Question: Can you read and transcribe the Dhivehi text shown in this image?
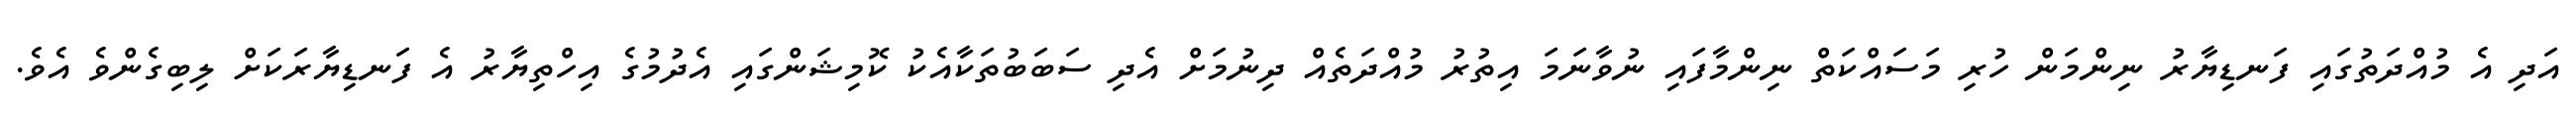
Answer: އަދި އެ މުއްދަތުގައި ފަނޑިޔާރު ނިންމަން ހުރި މަސައްކަތް ނިންމާފައި ނުވާނަމަ އިތުރު މުއްދަތެއް ދިނުމަށް އެދި ސަބަބުތަކާއެކު ކޮމިޝަންގައި އެދުމުގެ އިހްތިޔާރު އެ ފަނޑިޔާރަކަށް ލިބިގެންވެ އެވެ.